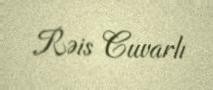
Rəis Cuvarlı